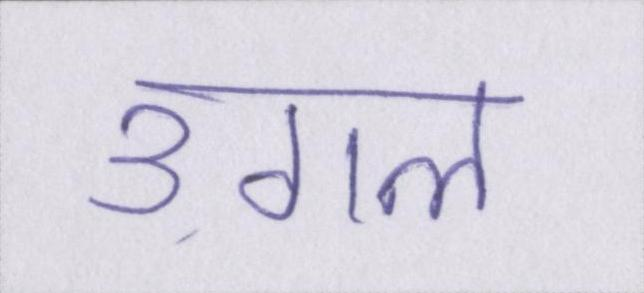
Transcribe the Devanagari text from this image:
उगल